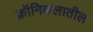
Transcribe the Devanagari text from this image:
क्रॉनिकलातील